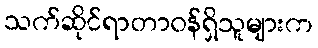
သက်ဆိုင်ရာတာဝန်ရှိသူများက